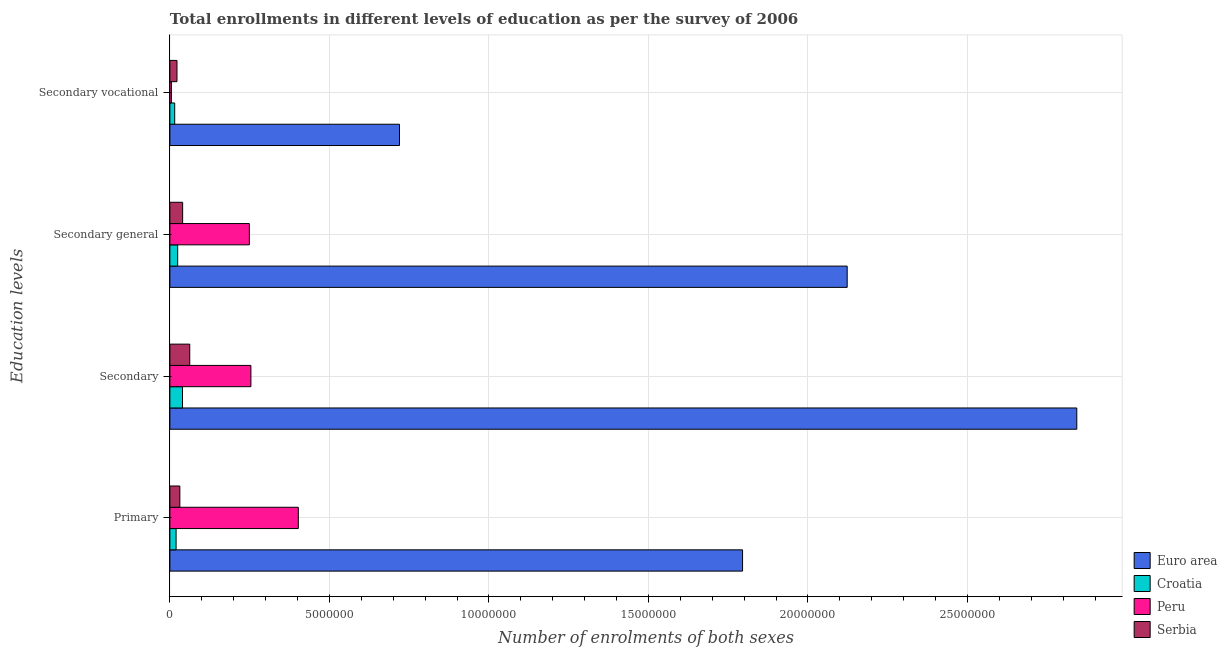
| Education levels | Euro area | Croatia | Peru | Serbia |
 | --- | --- | --- | --- | --- |
 | Primary | 1.8e+07 | 1.95e+05 | 4.03e+06 | 3.13e+05 |
 | Secondary | 2.84e+07 | 3.96e+05 | 2.54e+06 | 6.23e+05 |
 | Secondary general | 2.12e+07 | 2.44e+05 | 2.49e+06 | 4e+05 |
 | Secondary vocational | 7.2e+06 | 1.51e+05 | 4.86e+04 | 2.23e+05 |